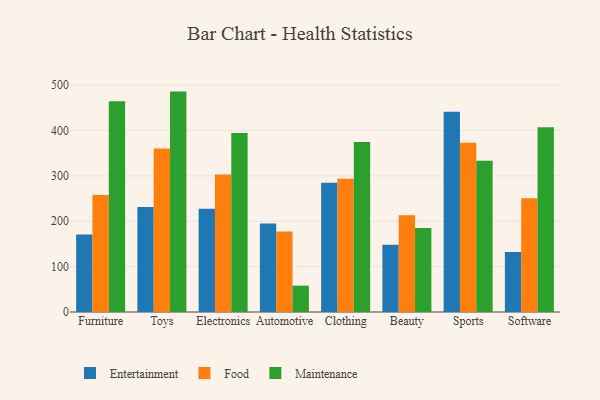
{"axis": {"x": "Category", "y": "Humidity (%)"}, "legend": ["Entertainment", "Food", "Maintenance"], "data": [{"x": "Furniture", "y": 170.6, "type": "Entertainment"}, {"x": "Furniture", "y": 258.1, "type": "Food"}, {"x": "Furniture", "y": 464.6, "type": "Maintenance"}, {"x": "Toys", "y": 231.5, "type": "Entertainment"}, {"x": "Toys", "y": 360.3, "type": "Food"}, {"x": "Toys", "y": 485.7, "type": "Maintenance"}, {"x": "Electronics", "y": 227.3, "type": "Entertainment"}, {"x": "Electronics", "y": 303.0, "type": "Food"}, {"x": "Electronics", "y": 394.5, "type": "Maintenance"}, {"x": "Automotive", "y": 195.0, "type": "Entertainment"}, {"x": "Automotive", "y": 177.4, "type": "Food"}, {"x": "Automotive", "y": 58.0, "type": "Maintenance"}, {"x": "Clothing", "y": 284.8, "type": "Entertainment"}, {"x": "Clothing", "y": 293.5, "type": "Food"}, {"x": "Clothing", "y": 374.4, "type": "Maintenance"}, {"x": "Beauty", "y": 148.4, "type": "Entertainment"}, {"x": "Beauty", "y": 213.0, "type": "Food"}, {"x": "Beauty", "y": 184.9, "type": "Maintenance"}, {"x": "Sports", "y": 441.1, "type": "Entertainment"}, {"x": "Sports", "y": 373.2, "type": "Food"}, {"x": "Sports", "y": 333.4, "type": "Maintenance"}, {"x": "Software", "y": 132.1, "type": "Entertainment"}, {"x": "Software", "y": 250.4, "type": "Food"}, {"x": "Software", "y": 407.0, "type": "Maintenance"}]}